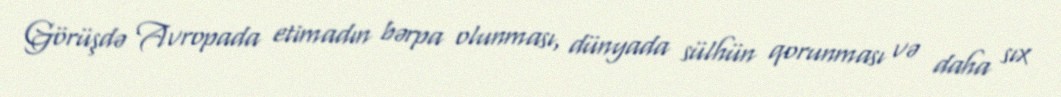
Görüşdə Avropada etimadın bərpa olunması, dünyada sülhün qorunması və daha sıx